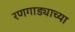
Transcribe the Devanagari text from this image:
रणगाड्याच्या